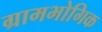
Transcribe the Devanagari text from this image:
ग्रामभोगिक